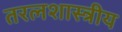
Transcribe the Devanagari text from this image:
तरलशास्त्रीय